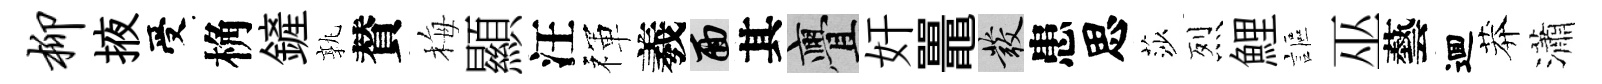
柳掖受桷鏟孰賛梅顯汪禈羲面其亹奸鼉發患思莎烈鯉謳巫藝逥莽瀟